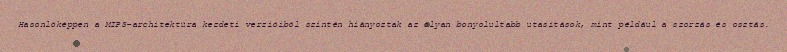
Hasonlóképpen a MIPS-architektúra kezdeti verzióiból szintén hiányoztak az olyan bonyolultabb utasítások, mint például a szorzás és osztás.